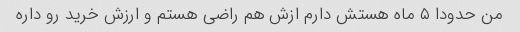
من حدودا ۵ ماه هستش دارم ازش هم راضی هستم و ارزش خرید رو داره